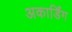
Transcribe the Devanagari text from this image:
अकार्डिंग